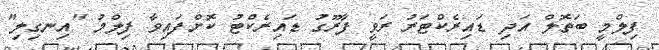
ފިލްމީ ބަތޮލް އަދި ޑައިރެކްޓަރު ރަވީ ފާރޫގު ޑައިރެކްޓު ކޮށްފައިވާ ފިލްމު "އިނގިލި"